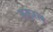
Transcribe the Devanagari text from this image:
कज़्ज़ाक